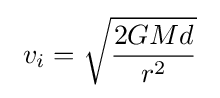
\ v_{i}={\sqrt {\frac {2GMd}{r^{2}}}}\